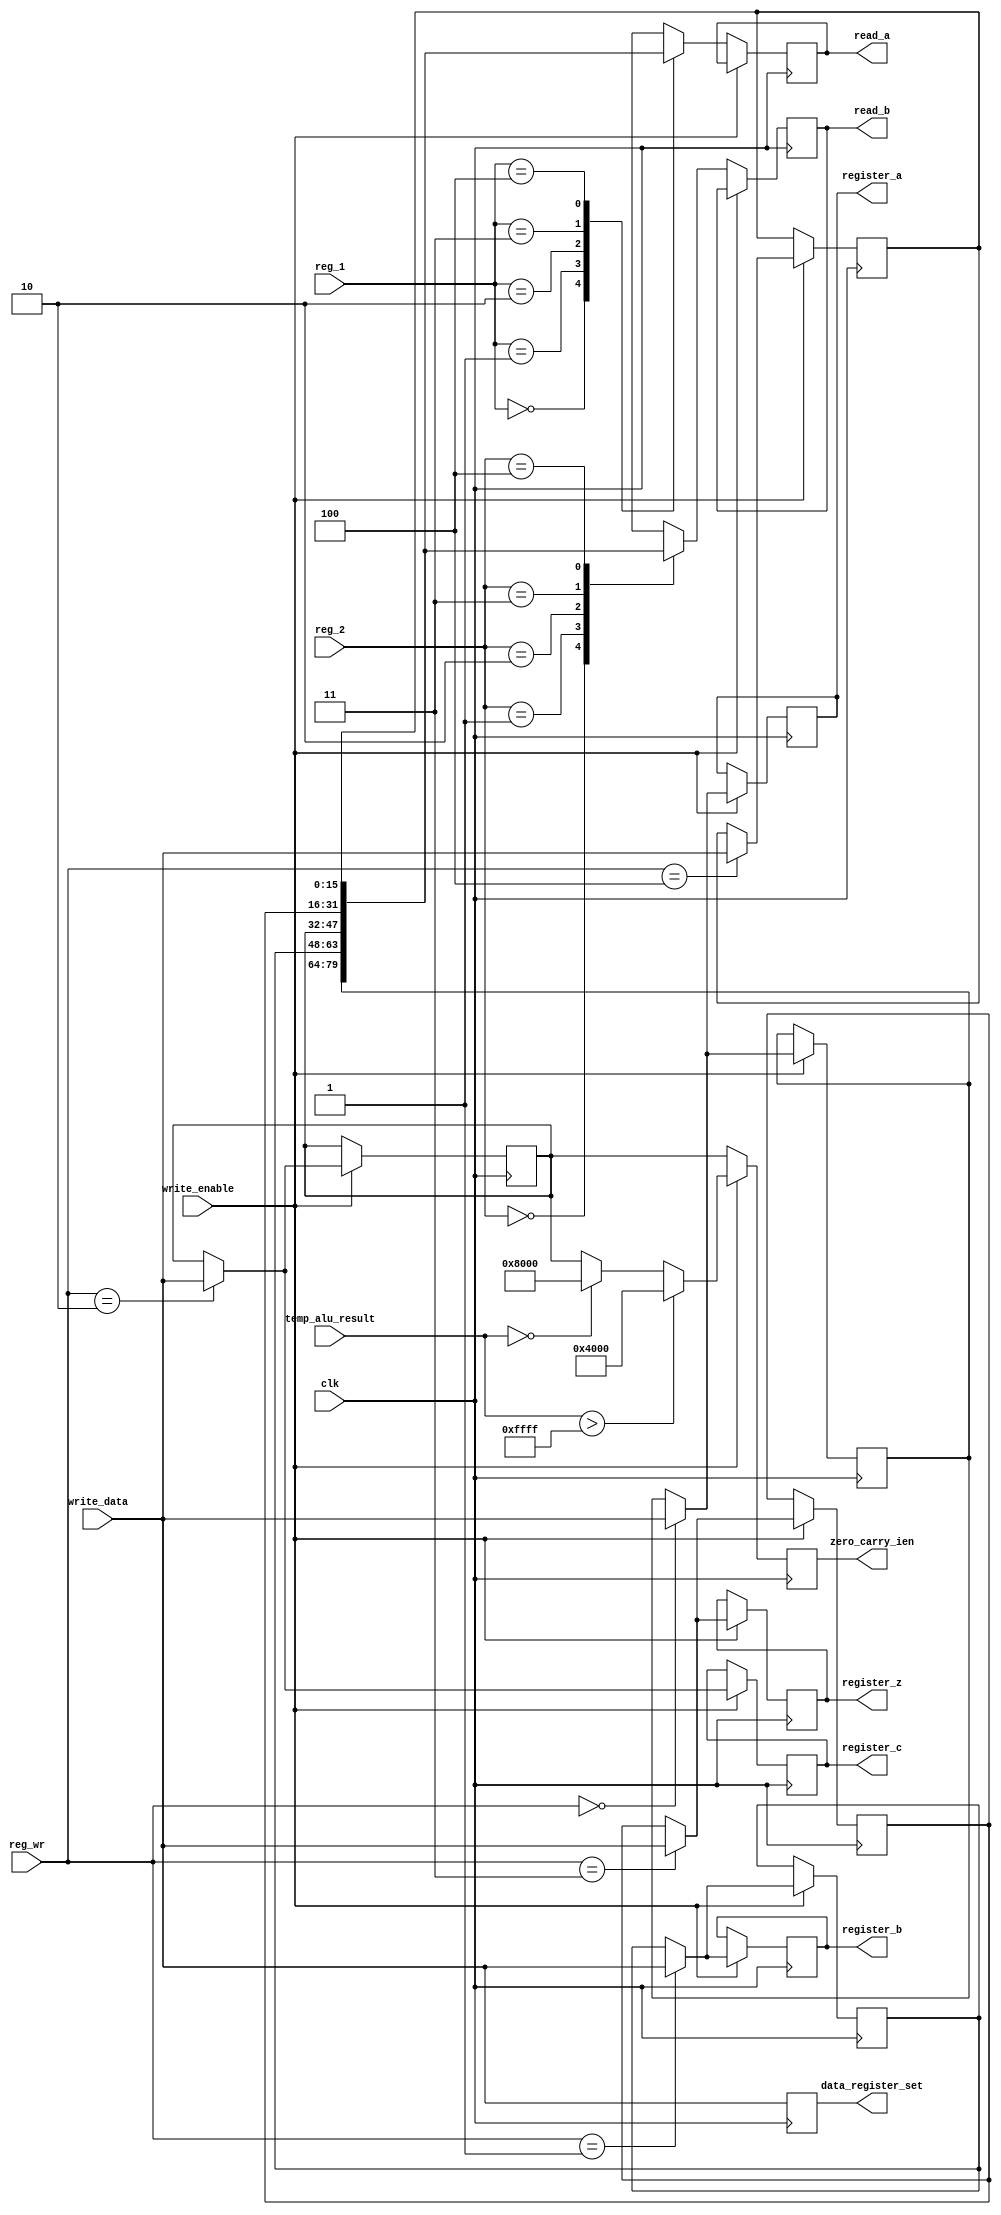
`timescale 1ns / 1ps
//////////////////////////////////////////////////////////////////////////////////
// Company: 
// Engineer: 
// 
// Design Name: 
// Module Name:    A5_register_set 
// Project Name: 
// Target Devices: 
// Tool versions: 
// Description: 
//
// Dependencies: 
//
// Revision: 
// Revision 0.01 - File Created
// Additional Comments: 
//
//////////////////////////////////////////////////////////////////////////////////
module A5_register_set(register_a,register_b,register_c,register_z,clk, reg_1,reg_2,reg_wr,write_data,write_enable,read_a,read_b,data_register_set,zero_carry_ien,temp_alu_result
    );
output reg[15:0]register_a;
output reg[15:0]register_b;
output reg[15:0]register_c;
output reg[15:0]register_z;

input [16:0] temp_alu_result;
input clk,write_enable;
input [2:0] reg_1,reg_2,reg_wr;
input [15:0] write_data;
output reg [15:0] read_a, read_b;
//addr[reg A]=0,addr[reg B]=1
reg [15:0] register_set [4:0];
output reg[15:0]data_register_set;
output reg[15:0] zero_carry_ien;
initial 
	begin
		
		register_set[0]=16'b0000000000000001; //a
		register_set[1]=16'b0000000000000111; //b
		register_set[2]=16'b0000000000000001; //c
		register_set[3]=16'b0000000000000001; //z

		//register_set[2]=16'b1110000000000000;
		
	end
always @(posedge clk)
begin
		zero_carry_ien = register_set[2];
		data_register_set=write_data;

		if(write_enable)
		begin
				register_set[reg_wr] = write_data;
				register_a=register_set[0];
				register_b=register_set[1];
				register_c=register_set[2];
                register_z=register_set[3];
				
				if(temp_alu_result > 16'b1111111111111111)
					begin
					zero_carry_ien = 16'b0100000000000000;
					end
					
					else if(temp_alu_result == 17'b00000000000000000)
					zero_carry_ien = 16'b1000000000000000;
					
		end
		
		else
		begin
				read_a = register_set[reg_1];
				read_b = register_set[reg_2];
		end
end
endmodule